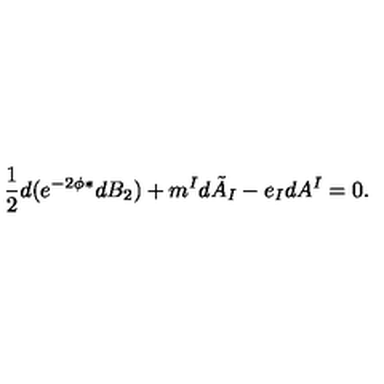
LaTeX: \frac 1 2 d ( e ^ { - 2 \phi } ^ { * } d B _ { 2 } ) + m ^ { I } d \tilde { A } _ { I } - e _ { I } d A ^ { I } = 0 .